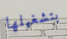
بتشغيلها